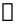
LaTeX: \mathscr{k}